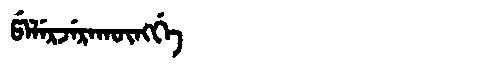
Manchu: ᡦᡝᠯᡝᡵᠵᡝᡵᠠᡴᡡᠩᡤᡝ
Romanization: PELERJERAKŪNGGE